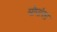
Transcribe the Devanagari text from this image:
मोपांसा